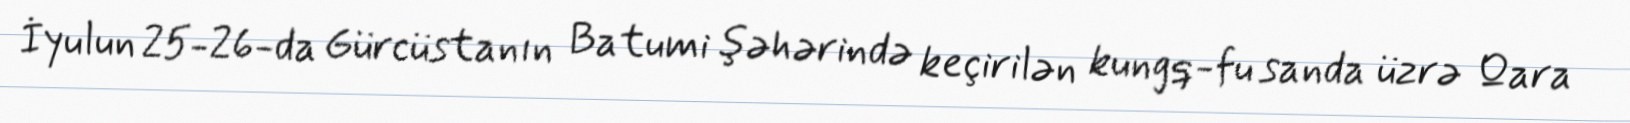
İyulun 25-26-da Gürcüstanın Batumi şəhərində keçirilən kungq-fu sanda üzrə Qara